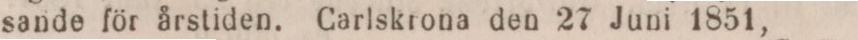
sande för årstiden. Carlskrona den 27 Juni 1851,